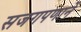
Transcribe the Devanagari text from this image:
सजगपणाने